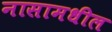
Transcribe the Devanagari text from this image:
नासामधील